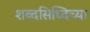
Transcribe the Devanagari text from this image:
शब्दसिध्दिच्या